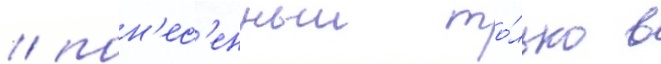
/ пон'ес'енныи то́лько в